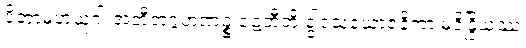
ပိတာမဟယုဂါ အတီတဂ္ဂဟဏဉ္စ ဍေတီတိ ဒွါဒသယောဇနိကာ မုဒိန္ဒြိယဿ